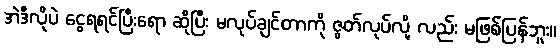
အဲဒီလိုပဲ ငွေရရင်ပြီးရော ဆိုပြီး မလုပ်ချင်တာကို ဇွတ်လုပ်လို့ လည်း မဖြစ်ပြန်ဘူး။